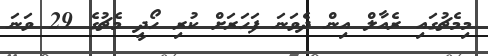
މިމެޗުގައި ރެއާލް އިން ދެވަނަ ފަހަރަށް ކުރި ހޯދީ މެޗުގެ 29 ވަނަ